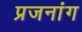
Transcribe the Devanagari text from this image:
प्रजनांग